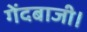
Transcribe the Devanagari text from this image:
गेंदबाजी।